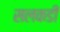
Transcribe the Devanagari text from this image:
सलकडी